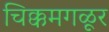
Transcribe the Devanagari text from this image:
चिक्कमगळूर